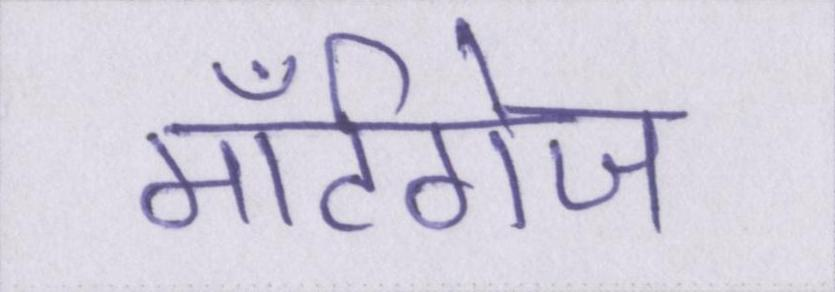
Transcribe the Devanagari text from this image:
मॉर्टगेज